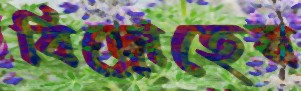
বিদ্রোহের